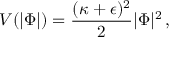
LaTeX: V ( | \Phi | ) = { \frac { ( \kappa + \epsilon ) ^ { 2 } } { 2 } } | \Phi | ^ { 2 } \, ,